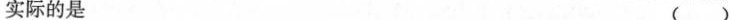
实际的是 ( )